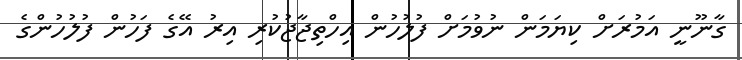
ގާނޫނީ އަމުރަށް ކިޔަމަން ނުވުމަށް ފުލުހުން އިހްތިޖާޖުކުރި އިރު އޭގެ ފަހުން ފުލުހުންގެ